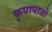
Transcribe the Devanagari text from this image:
कृपापात्रों